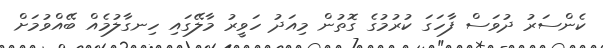
ކެންސަރު ދުވަސް ފާހަގަ ކުރުމުގެ ގޮތުން މިއަދު ހަވީރު މާލޭގައި ހިނގާލުމެއް ބޭއްވުމަށް